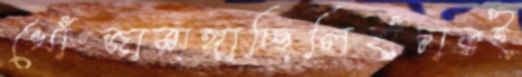
খোঁজারাঙ্গাচ্ছিলিহাঁচারই